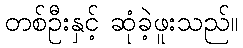
တစ်ဦးနှင့် ဆုံခဲ့ဖူးသည်။